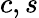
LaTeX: c,s